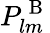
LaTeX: P_{lm}^{\mathrm{~B~}}